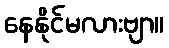
နေနိုင်မလားဗျာ။